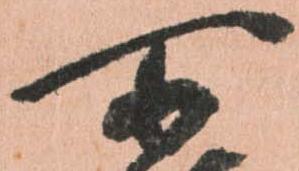
所